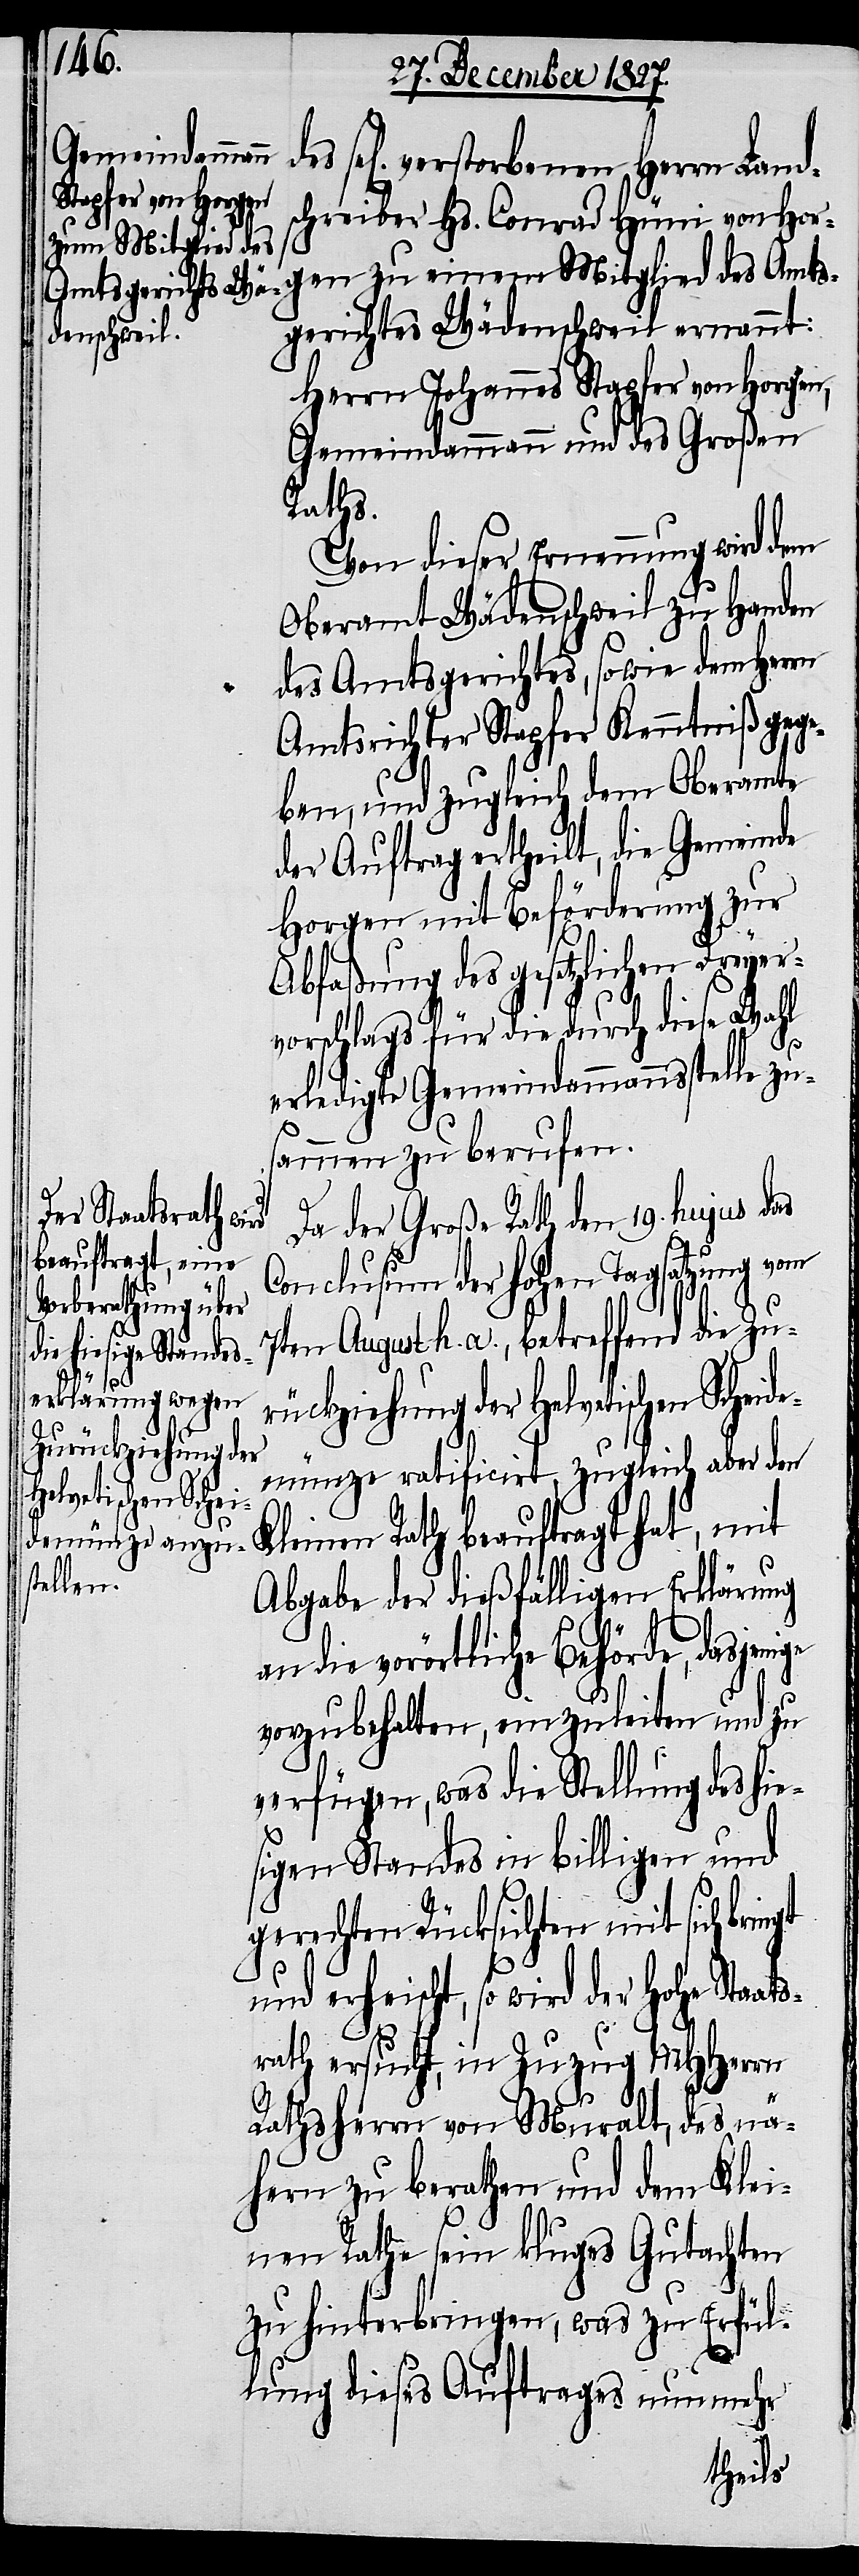
ge
rückziehung der
vetischen Schei¬

Hel¬
Da der Große Rath den 19. hujus das
Conclusum der hohen Tagsatzung vom
7ten August h. a., betreffend die Zu¬
demünze ratificirt, zugleich aber den
Kleinen Rath beauftragt hat, mit
Abgabe der dießfälligen Erklärung
an die vorörtliche Behörde, dasjeni¬
vorzubehalten, einzuleiten und zu
verfügen, was die Stellung des hie¬
sigen Standes in billigen und
gerechten Rücksichten mit sich bringt
und erheischt, so wird der Hohe Staats¬
rath ersucht, in Zuzug MHHerrn
Rathsherrn von Muralt, des nä¬
hern zu berathen und dem Klei¬
nen Rathe sein kluges Gutachten
zu hinterbringen, was zu Erfül¬
lung dieses Auftrages nunmehr